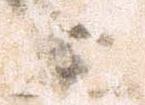
延